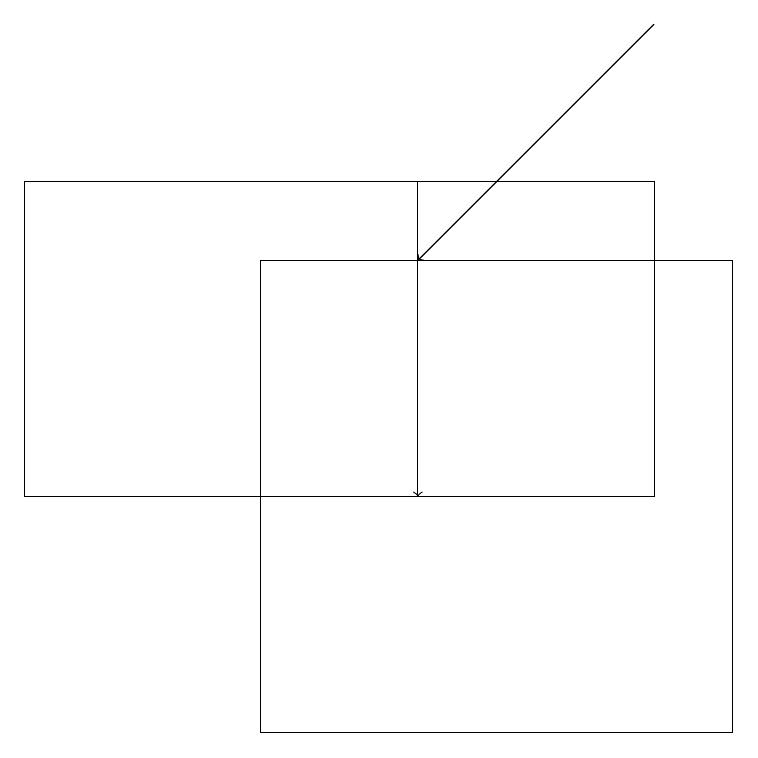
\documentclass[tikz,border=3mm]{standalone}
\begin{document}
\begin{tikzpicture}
\draw (3,16) rectangle (9,10);
\draw[->] (5,17) -- (5,13);
\draw (8,17) rectangle (0,13);
\draw[->] (8,19) -- (5,16);
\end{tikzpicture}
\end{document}